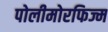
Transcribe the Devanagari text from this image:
पोलीमोरफिज्म